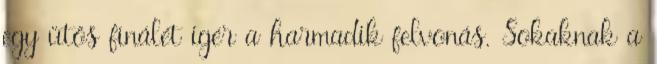
egy ütős finálét ígér a harmadik felvonás. Sokaknak a